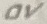
Text: 0V